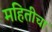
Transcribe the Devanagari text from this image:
महितीचा